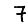
Digit: 7